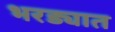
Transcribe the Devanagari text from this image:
भरड्यात